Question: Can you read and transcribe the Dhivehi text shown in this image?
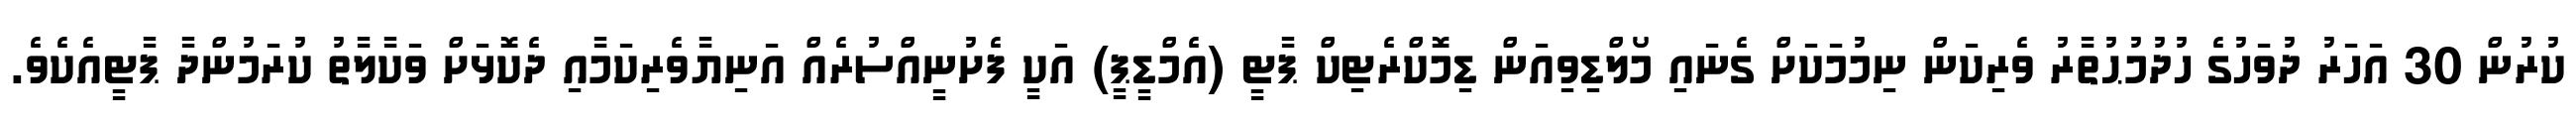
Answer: ކުރުން 30 އަހަރު ދުވަހުގެ ހުދުމުޙުތާރު ވެރިކަން ނިމުމަކަށް ގެނައި މޯލްޑިވިއަން ޑިމޮކްރެޓިކް ޕާޓީ (އެމްޑީޕީ) އަކީ ފެށުނީއްސުރެއް އަނިޔާވެރިކަމާއި ދެކޮޅަށް ވަކާލާތު ކުރަމުންދާ ޕާޓީއެކެވެ.